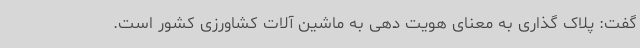
گفت: پلاک گذاری به معنای هویت دهی به ماشین آلات کشاورزی کشور است.